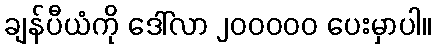
ချန်ပီယံကို ဒေါ်လာ ၂၀၀၀၀၀ ပေးမှာပါ။